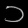
Digit: ၁